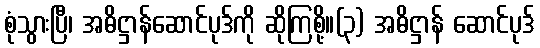
စုံသွားပြီ၊ အဓိဋ္ဌာန်ဆောင်ပုဒ်ကို ဆိုကြစို့။(၃) အဓိဋ္ဌာန် ဆောင်ပုဒ်